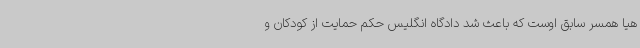
هیا همسر سابق اوست که باعث شد دادگاه انگلیس حکم حمایت از کودکان و